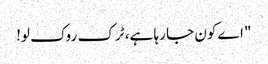
"اے کون جا رہا ہے، ٹرک روک لو!